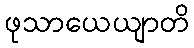
ဖုသာယေယျာတိ